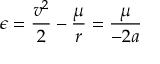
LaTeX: \epsilon = { \frac { v ^ { 2 } } { 2 } } - { \frac { \mu } { r } } = { \frac { \mu } { - 2 a } }